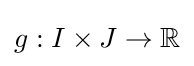
g:I\times J\to \mathbb {R}